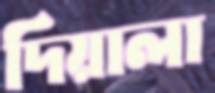
দিয়ালা